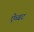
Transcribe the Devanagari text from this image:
ऐब्बट